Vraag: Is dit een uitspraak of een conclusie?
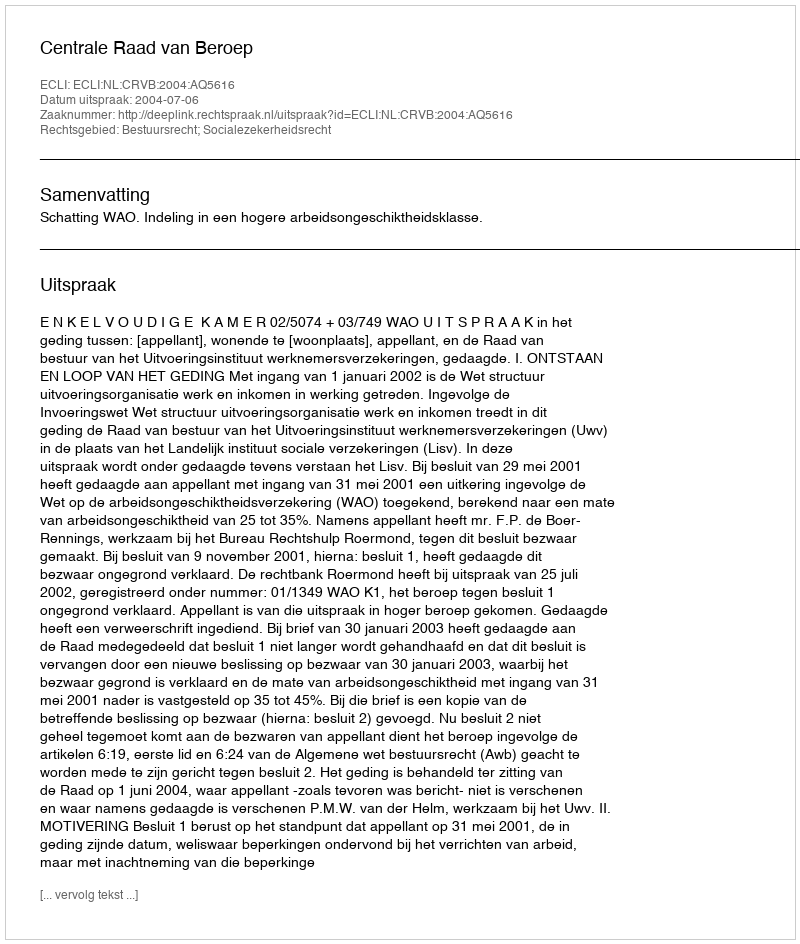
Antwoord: Uitspraak